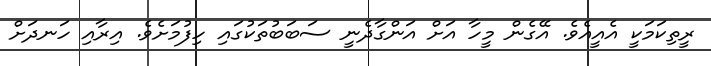
ރީތިކަމަކީ އެއީއެވެ. އޭގެން މީހާ އަށް އަންގާދެނީ ސަބަބުތަކުގައި ހިފުމަށެވެ. އިރާއި ހަނދަށް